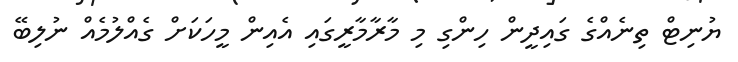
ޔުނިޓް ތިނެއްގެ ގައިދީން ހިންގި މި މާރާމާރީގައި އެއިން މީހަކަށް ގެއްލުމެއް ނުލިބޭ